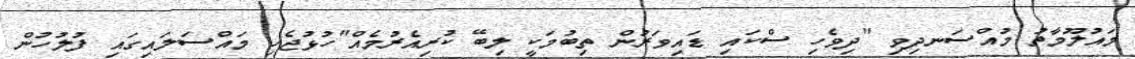
މައުލޫމާތު މުއްސަނދިވި "ދިވެހި ސްކައި ޑައިވަރުން ތިބުމަކީ ލިބޭ ކުރިއެރުމެއް"ހުޅުޖެހި މައްސަލައިގައި ފުލުހުން